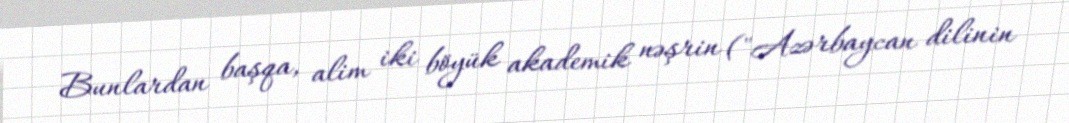
Bunlardan başqa, alim iki böyük akademik nəşrin ("Azərbaycan dilinin